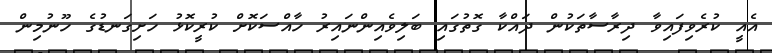
އެއީ ކުރެވިފައިވާ ދިރާސާތަކުން ދައްކާ ގޮތުގައި ބަލިވެއިންނައިރު ހާއްސަކޮށް ކުރީކޮޅު ހަށިގަނޑުގެ ހޫނުމިން